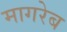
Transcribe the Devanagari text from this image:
मागरेब